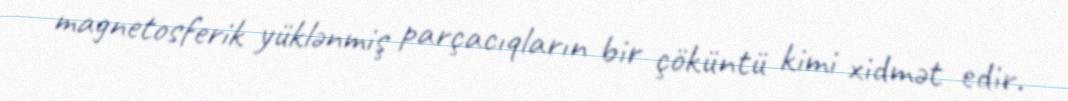
magnetosferik yüklənmiş parçacıqların bir çöküntü kimi xidmət edir.